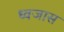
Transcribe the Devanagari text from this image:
ध्वजास